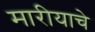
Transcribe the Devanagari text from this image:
मारीयाचे